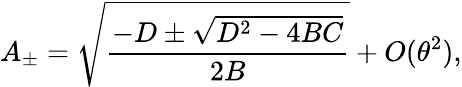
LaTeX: A_{\pm}=\sqrt{\frac{-D\pm\sqrt{D^{2}-4BC}}{2B}}+O(\theta^{2}),